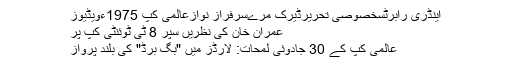
اینڈری رابرٹسخصوصی تحریرڈیرک مرےسرفراز نوازعالمی کپ 1975ءویڈیوز
عمران خان کی نظریں سپر 8 ٹی ٹوئنٹی کپ پر
عالمی کپ کے 30 جادوئی لمحات: لارڈز میں "بگ برڈ" کی بلند پرواز